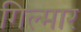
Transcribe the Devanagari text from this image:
गिल्मार